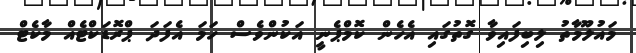
މައުލޫމާތު ލިބިފައިވާ ގޮތުގައި އެހެން ކޮމްޕެނީ އަކުންވެސް ހަމަ އެފަދަ ޕްރޮޑަކްޓެއް މާކެޓް